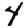
Digit: 4